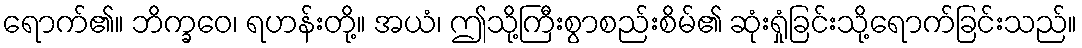
ရောက်၏။ ဘိက္ခဝေ၊ ရဟန်းတို့။ အယံ၊ ဤသို့ကြီးစွာစည်းစိမ်၏ ဆုံးရှုံခြင်းသို့ရောက်ခြင်းသည်။